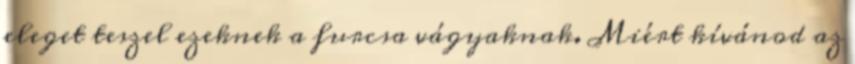
eleget teszel ezeknek a furcsa vágyaknak. Miért kívánod az